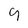
Character: 9